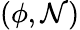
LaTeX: (\phi,\mathcal{N})